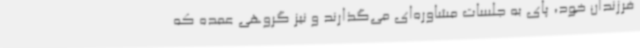
فرزندان خود، پای به جلسات مشاوره‌ای می‌گذارند و نیز گروهی عمده که